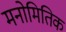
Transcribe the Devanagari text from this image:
मनोमितिक